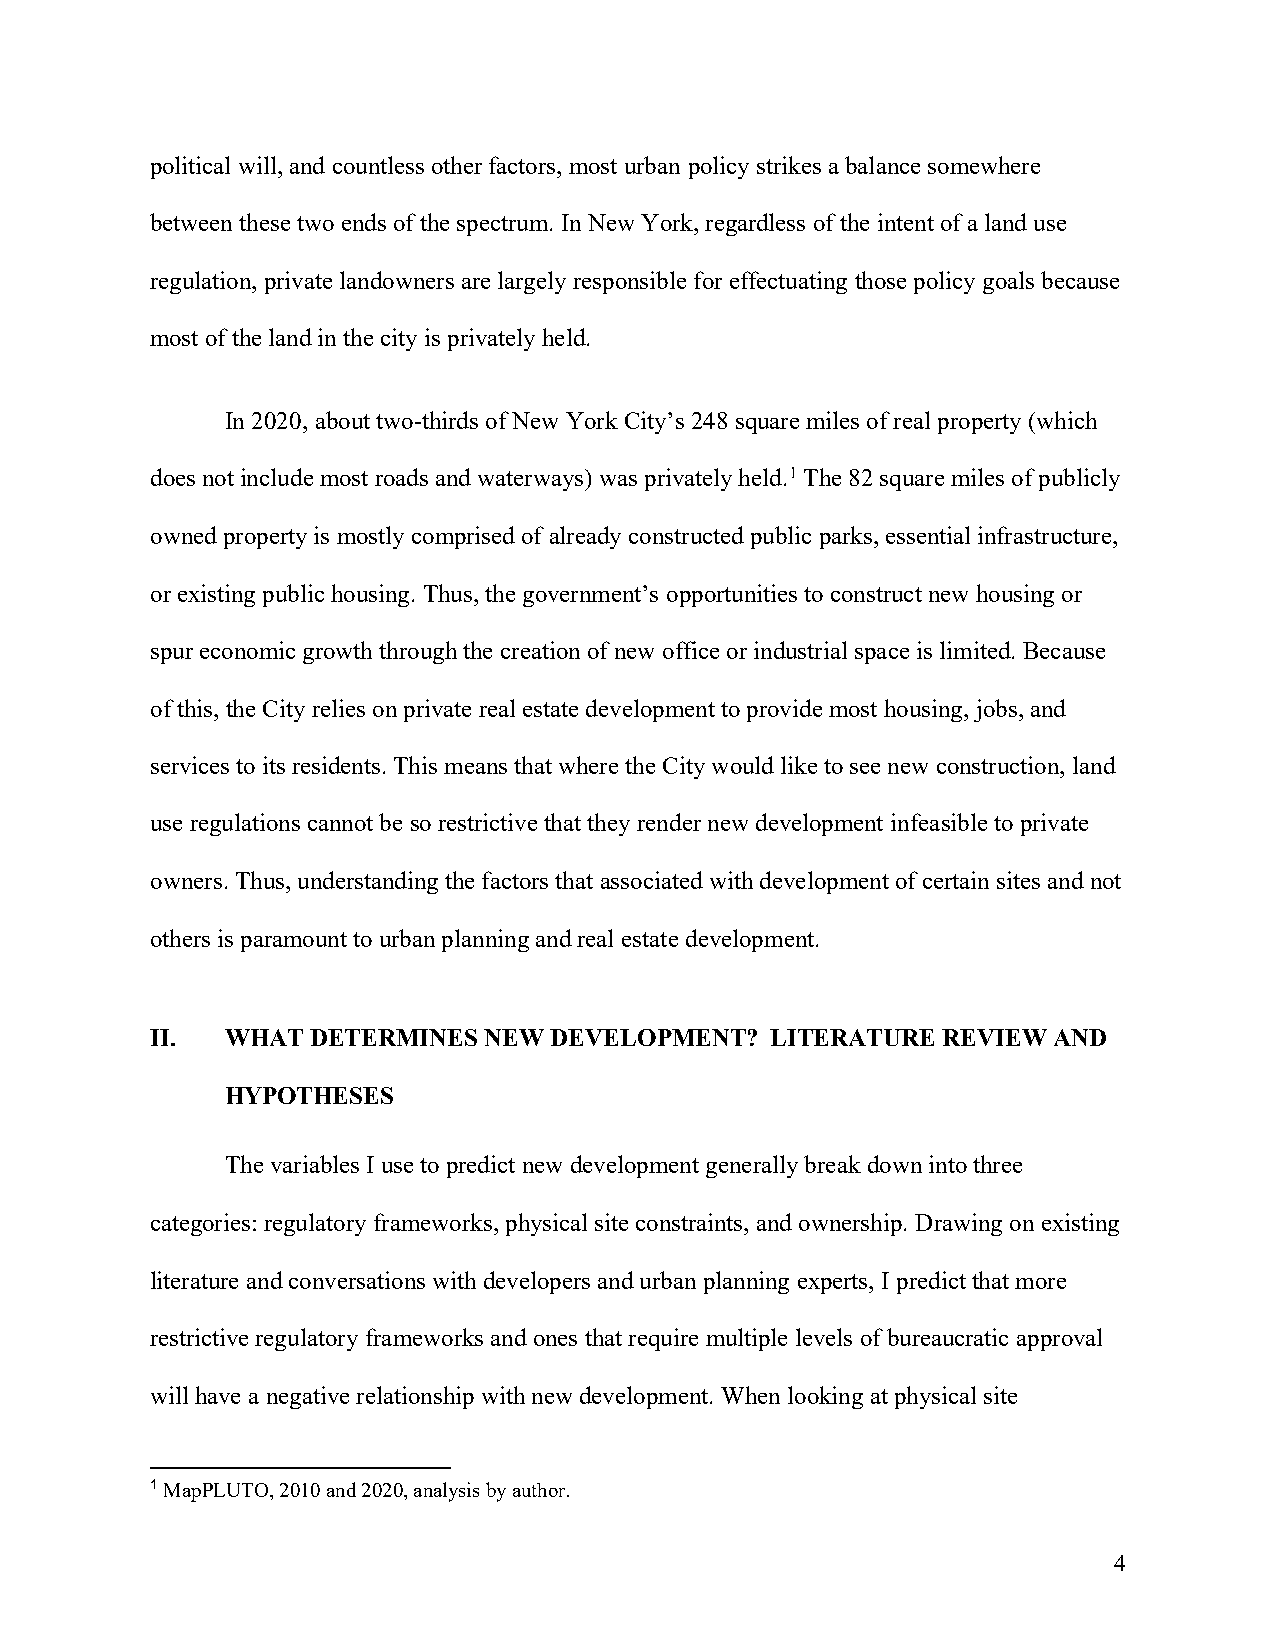
political will, and countless other factors, most urban policy strikes a balance somewhere
 between these two ends of the spectrum. In New York, regardless of the intent of a land use
 regulation, private landowners are largely responsible for effectuating those policy goals because
 most of the land in the city is privately held.
 In 2020, about two-thirds of New York City’s 248 square miles of real property (which
 does not include most roads and waterways) was privately held.1 The 82 square miles of publicly
 owned property is mostly comprised of already constructed public parks, essential infrastructure,
 or existing public housing. Thus, the government’s opportunities to construct new housing or
 spur economic growth through the creation of new office or industrial space is limited. Because
 of this, the City relies on private real estate development to provide most housing, jobs, and
 services to its residents. This means that where the City would like to see new construction, land
 use regulations cannot be so restrictive that they render new development infeasible to private
 owners. Thus, understanding the factors that associated with development of certain sites and not
 others is paramount to urban planning and real estate development.
 II.  WHAT  DETERMINES NEW DEVELOPMENT?   LITERATURE REVIEW  AND
 HYPOTHESES
 The variables I use to predict new development generally break down into three
 categories: regulatory frameworks, physical site constraints, and ownership. Drawing on existing
 literature and conversations with developers and urban planning experts, I predict that more
 restrictive regulatory frameworks and ones that require multiple levels of bureaucratic approval
 will have a negative relationship with new development. When looking at physical site
 1 MapPLUTO, 2010 and 2020, analysis by author.
 4